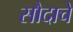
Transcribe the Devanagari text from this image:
सौदाचे